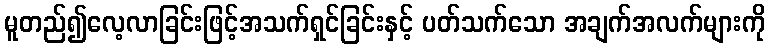
မူတည်၍လေ့လာခြင်းဖြင့်အသက်ရှင်ခြင်းနှင့် ပတ်သက်သော အချက်အလက်များကို